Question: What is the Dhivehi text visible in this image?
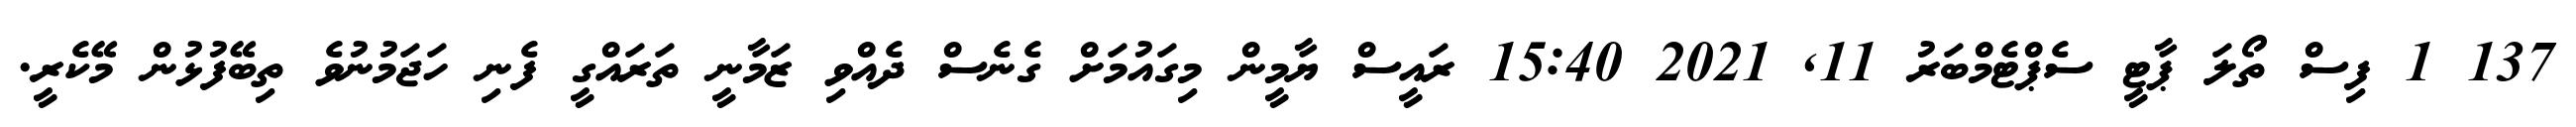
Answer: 137 1 ފިސް ތޯލަ ޕާޓީ ސެޕްޓެމްބަރު 11, 2021 15:40 ރައީސް ޔާމީން މިގައުމަށް ގެނެސް ދެއްވި ޒަމާނީ ތަރައްގީ ފެނި ހަޖަމުނުވެ ތިބޭފުޅުން މޭކެރީ.